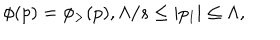
LaTeX: \phi ( p ) = \phi _ { > } ( p ) , \Lambda / s \leq | p _ { 1 } | \leq \Lambda ,